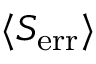
\langle S _ { \mathrm { e r r } } \rangle